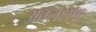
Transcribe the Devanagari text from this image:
अवलक्षण